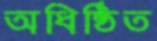
অধিষ্ঠিত